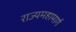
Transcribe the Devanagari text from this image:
राज्यमहामार्ग